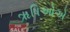
ૠષિઓએ